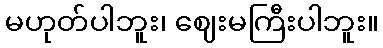
မဟုတ်ပါဘူး၊ ဈေးမကြီးပါဘူး။